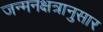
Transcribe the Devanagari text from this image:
जन्मनक्षत्रानुसार